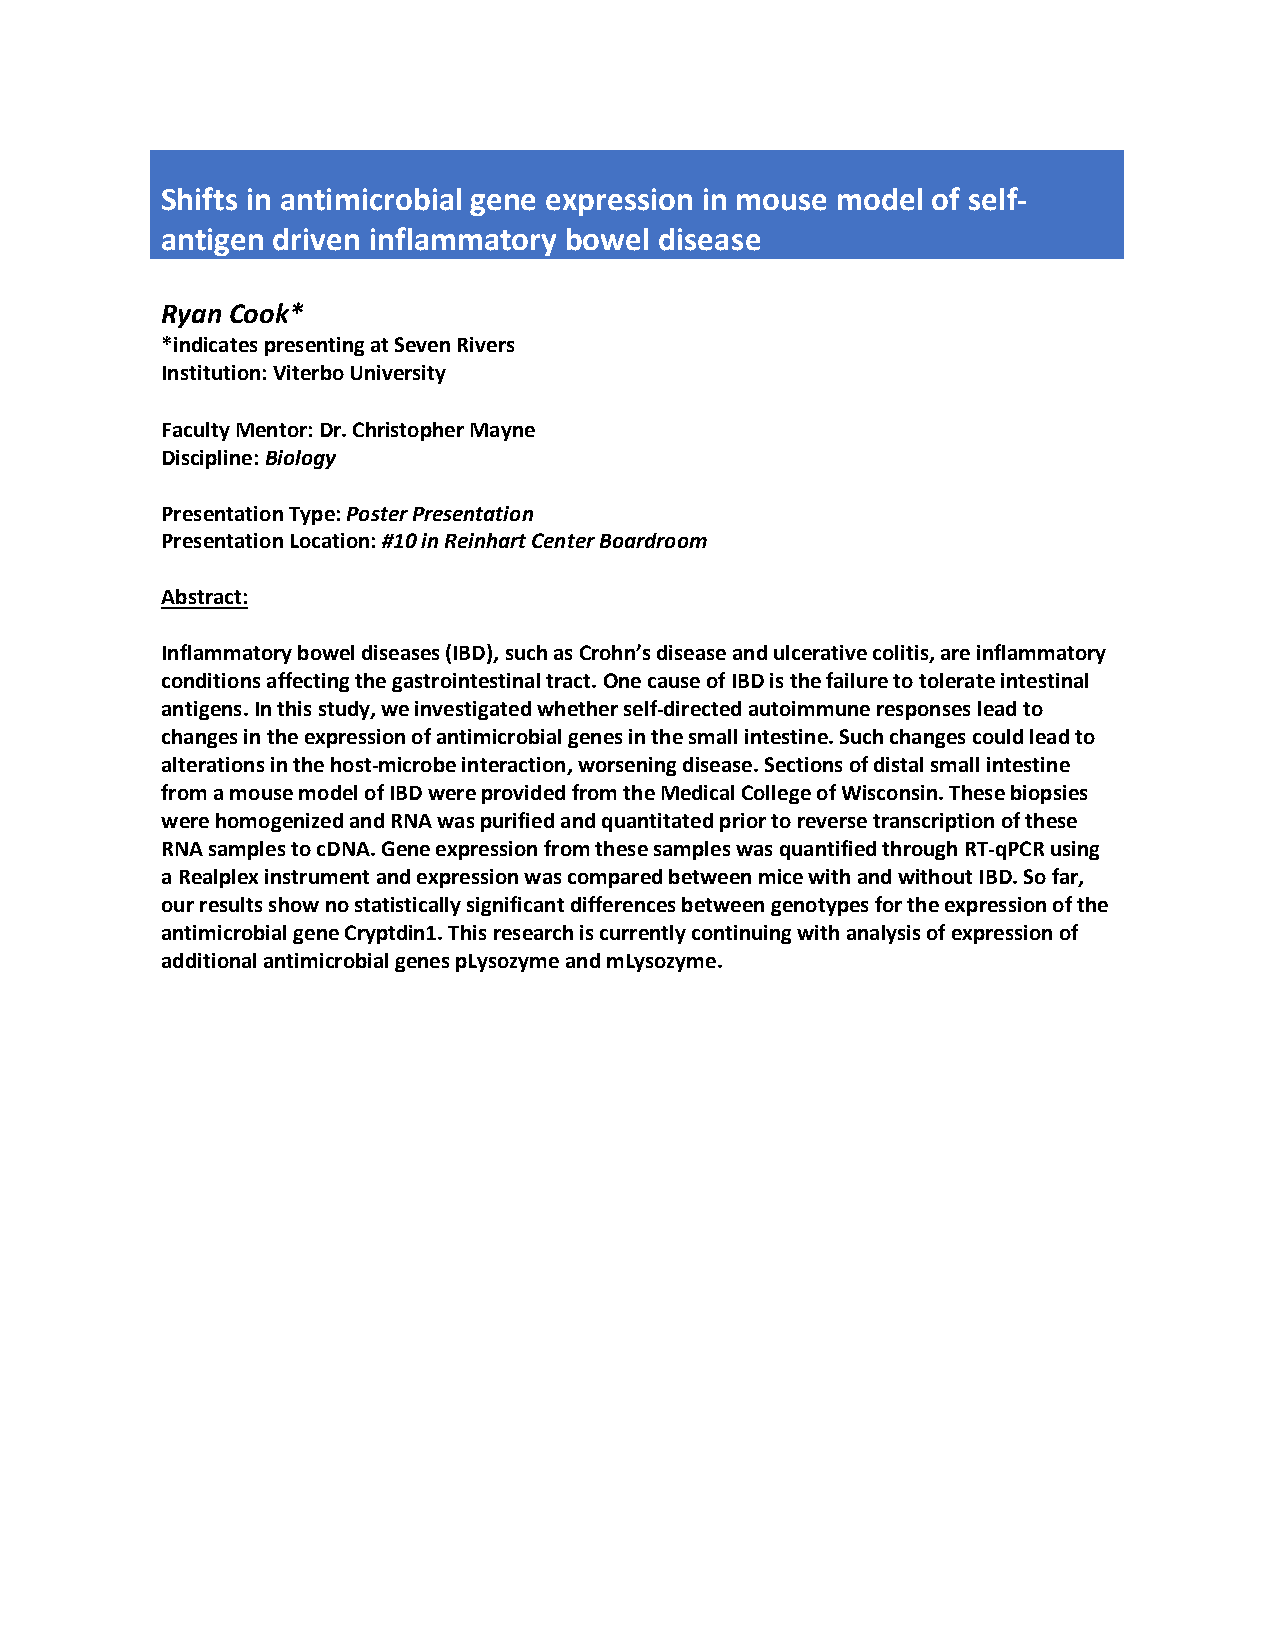
Shifts in antimicrobial gene expression in mouse model of self-
 antigen driven inflammatory bowel disease
 Ryan Cook*
 *indicates presenting at Seven Rivers
 Institution: Viterbo University
 Faculty Mentor: Dr. Christopher Mayne
 Discipline: Biology
 Presentation Type: Poster Presentation
 Presentation Location: #10 in Reinhart Center Boardroom
 Abstract:
 Inflammatory bowel diseases (IBD), such as Crohn’s disease and ulcerative colitis, are inflammatory
 conditions affecting the gastrointestinal tract. One cause of IBD is the failure to tolerate intestinal
 antigens. In this study, we investigated whether self-directed autoimmune responses lead to
 changes in the expression of antimicrobial genes in the small intestine. Such changes could lead to
 alterations in the host-microbe interaction, worsening disease. Sections of distal small intestine
 from a mouse model of IBD were provided from the Medical College of Wisconsin. These biopsies
 were homogenized and RNA was purified and quantitated prior to reverse transcription of these
 RNA samples to cDNA. Gene expression from these samples was quantified through RT-qPCR using
 a Realplex instrument and expression was compared between mice with and without IBD. So far,
 our results show no statistically significant differences between genotypes for the expression of the
 antimicrobial gene Cryptdin1. This research is currently continuing with analysis of expression of
 additional antimicrobial genes pLysozyme and mLysozyme.